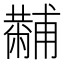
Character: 𤰍